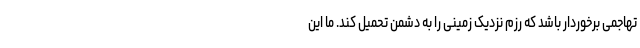
تهاجمی برخوردار باشد که رزم نزدیک زمینی را به دشمن تحمیل کند. ما این